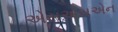
એસએસએન